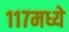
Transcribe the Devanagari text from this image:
११७मध्ये